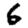
Digit: 6